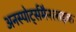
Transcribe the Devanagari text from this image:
अनस्पोर्ट्समैनलाइक